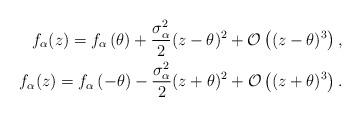
LaTeX: \begin{align*}f_{\alpha}(z) = f_{\alpha}\left(\theta \right) + \frac{\sigma_{\alpha}^2}{2} (z-\theta)^2 + \mathcal{O}\left((z-\theta)^3\right), \\f_{\alpha}(z) = f_{\alpha}\left(-\theta\right) - \frac{\sigma_{\alpha}^2}{2} (z+\theta)^2 + \mathcal{O}\left((z+\theta)^3\right).\end{align*}